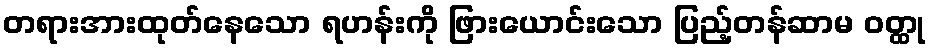
တရားအားထုတ်နေသော ရဟန်းကို ဖြားယောင်းသော ပြည့်တန်ဆာမ ဝတ္ထု